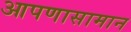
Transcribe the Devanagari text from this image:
आपणासामान